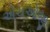
એચઓજી